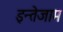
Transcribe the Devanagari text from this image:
इन्तेजाम